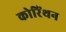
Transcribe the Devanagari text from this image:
कोरिंथन